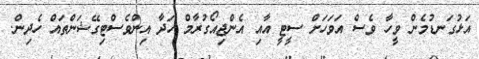
އަޅުގަނޑުމެން ވީހާ ވެސް އަވަހަށް ސީޓީ އާއި އެންޖިއޯގުރާމް ހަދާ އިންވެސްޓިގޭޝަންތައް ހެދިން.